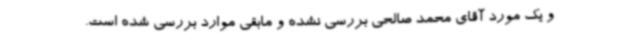
و یک مورد آقای محمد صالحی بررسی نشده و مابقی موارد بررسی شده است.